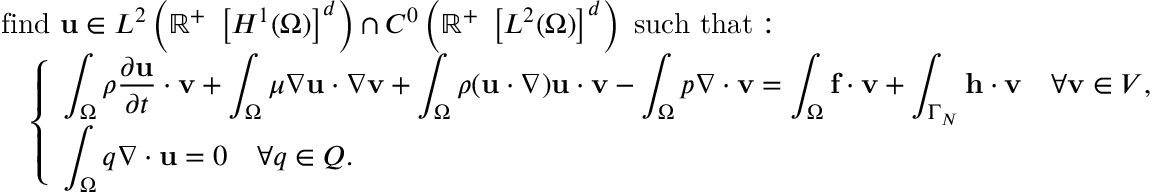
{ \begin{array} { r l } & { { \mathrm { f i n d ~ } } \mathbf { u } \in L ^ { 2 } \left( \mathbb { R } ^ { + } \; \left[ H ^ { 1 } ( \Omega ) \right] ^ { d } \right) \cap C ^ { 0 } \left( \mathbb { R } ^ { + } \; \left[ L ^ { 2 } ( \Omega ) \right] ^ { d } \right) { \mathrm { ~ s u c h ~ t h a t : ~ } } } \\ & { \quad { \left\{ \begin{array} { l l } { \displaystyle \int _ { \Omega } \rho { \frac { \partial \mathbf { u } } { \partial t } } \cdot \mathbf { v } + \int _ { \Omega } \mu \nabla \mathbf { u } \cdot \nabla \mathbf { v } + \int _ { \Omega } \rho ( \mathbf { u } \cdot \nabla ) \mathbf { u } \cdot \mathbf { v } - \int _ { \Omega } p \nabla \cdot \mathbf { v } = \int _ { \Omega } \mathbf { f } \cdot \mathbf { v } + \int _ { \Gamma _ { N } } \mathbf { h } \cdot \mathbf { v } \quad \forall \mathbf { v } \in V , } \\ { \displaystyle \int _ { \Omega } q \nabla \cdot \mathbf { u } = 0 \quad \forall q \in Q . } \end{array} \right. } } \end{array} }